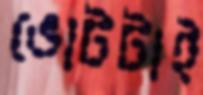
ভোটটাই